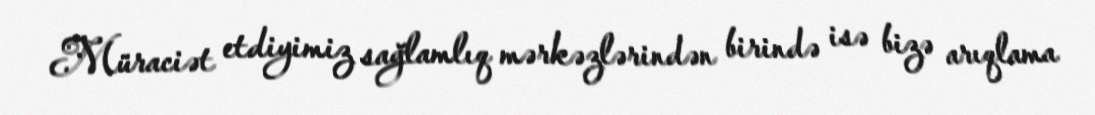
Müraciət etdiyimiz sağlamlıq mərkəzlərindən birində isə bizə arıqlama